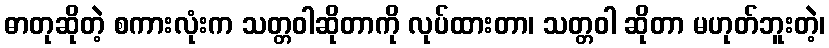
ဓာတုဆိုတဲ့ စကားလုံးက သတ္တဝါဆိုတာကို လုပ်ထားတာ၊ သတ္တဝါ ဆိုတာ မဟုတ်ဘူးတဲ့၊